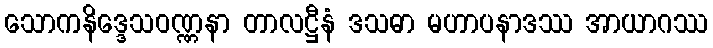
သောကနိဒ္ဒေသဝဏ္ဏနာ တာလဋ္ဌီနံ ဒသဓာ မဟာပနာဒဿ အာယာဂဿ